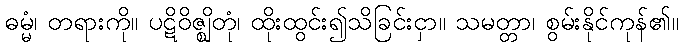
ဓမ္မံ၊ တရားကို။ ပဋိဝိဇ္ဈိတုံ၊ ထိုးထွင်း၍သိခြင်းငှာ။ သမတ္တာ၊ စွမ်းနိုင်ကုန်၏။